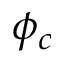
\phi _ { c }